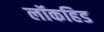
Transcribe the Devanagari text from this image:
लॉकहिड